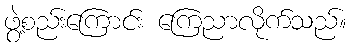
ဖွဲ့စည်းကြောင်း ကြေညာလိုက်သည်။